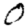
Digit: 0